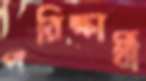
পরিক্ষার্থী